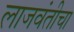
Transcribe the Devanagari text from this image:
लाजवंतीचा